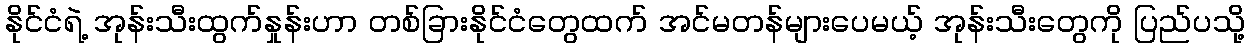
နိုင်ငံရဲ့ အုန်းသီးထွက်နှုန်းဟာ တစ်ခြားနိုင်ငံတွေထက် အင်မတန်များပေမယ့် အုန်းသီးတွေကို ပြည်ပသို့